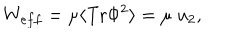
LaTeX: W _ { e f f } = \mu \langle \mathrm { T r } \Phi ^ { 2 } \rangle = \mu \; u _ { 2 } ,